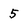
Character: 5